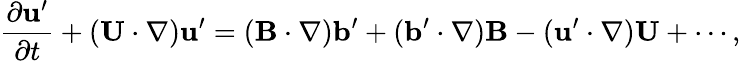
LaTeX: \frac{\partial{\mathbf{u}}^{\prime}}{\partial t}+({\mathbf{U}}\cdot\nabla){\mathbf{u}}^{\prime}=({\mathbf{B}}\cdot\nabla){\mathbf{b}}^{\prime}+({\mathbf{b}}^{\prime}\cdot\nabla){\mathbf{B}}-({\mathbf{u}}^{\prime}\cdot\nabla){\mathbf{U}}+\cdots,